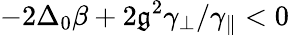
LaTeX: -2\Delta_{0}\beta+2\mathfrak{g}^{2}\gamma_{\perp}/\gamma_{\parallel}<0